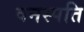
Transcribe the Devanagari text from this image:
वनस्‍पति